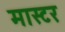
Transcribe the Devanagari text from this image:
मास्टर